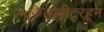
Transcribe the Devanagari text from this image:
२५किलोमीटरहून